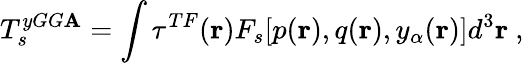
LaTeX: T_{s}^{yGG\mathbf{A}}=\int\tau^{TF}(\mathbf{{r}})F_{s}[p(\mathbf{{r}}),q(\mathbf{{r}}),y_{\alpha}(\mathbf{{r}})]d^{3}\mathbf{{r}}\ ,